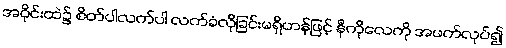
အဝိုင်းထဲ၌ စိတ်ပါလက်ပါ လက်ခံလိုခြင်းမရှိဟန်ဖြင့် နီကိုလေကို အဖက်လုပ်၍